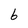
Character: 6